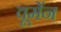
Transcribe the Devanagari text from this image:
वूमेंन